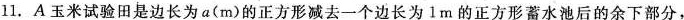
11.A玉米试验田是边长为a(m)的正方形减去一个边长为1m的正方形蓄水池后的余下部分,